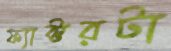
ফ্যাক্টরটা